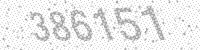
Solution: 386151